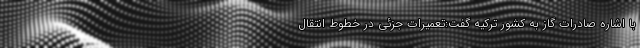
با اشاره صادرات گاز به کشور ترکیه گفت:تعمیرات جزئی در خطوط انتقال